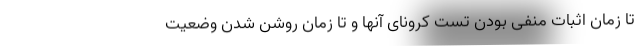
تا زمان اثبات منفی بودن تست کرونای آنها و تا زمان روشن شدن وضعیت